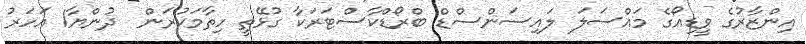
އިންޒާރުގެ ވީޑިއޯގެ މައްސަލަ ލައިސަންސްޑް ބްރޯޑްކާސްޓަރަކާ ގުޅޭތީ ހިތާމަކުރަން  ދުންޔާ1 އަހަރު